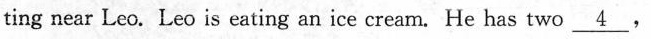
ting near Leo. Leo is eating an ice cream. He has two \underline{4},